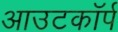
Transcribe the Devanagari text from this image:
आउटकॉर्प